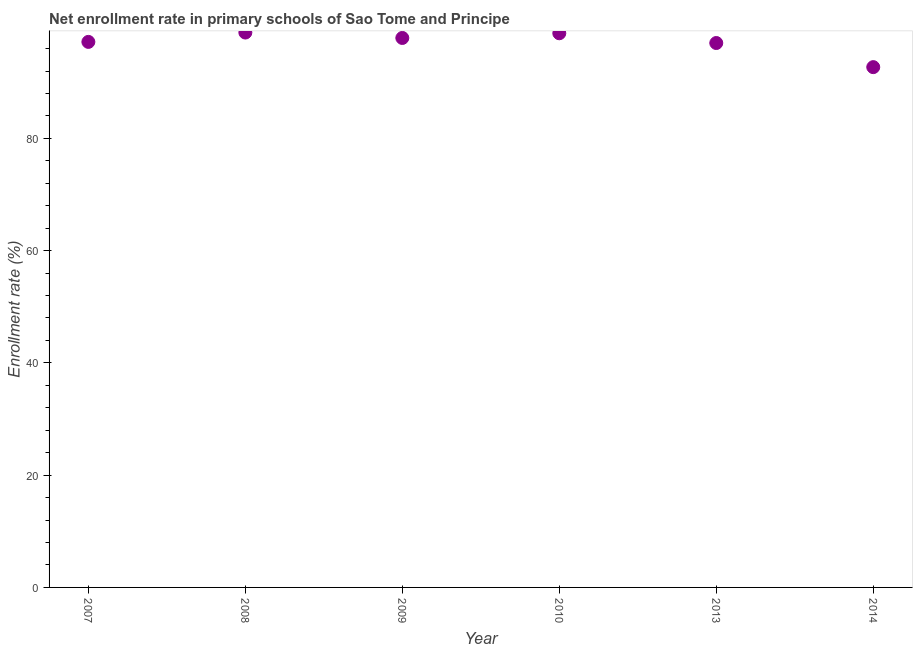
| Year | Adjusted net enrolment rate |
 | --- | --- |
 | 2007 | 97.2 |
 | 2008 | 98.8 |
 | 2009 | 97.9 |
 | 2010 | 98.7 |
 | 2013 | 97 |
 | 2014 | 92.7 |